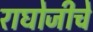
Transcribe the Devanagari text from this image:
राघोजीचे